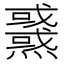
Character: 𤒉